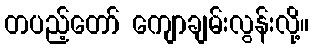
တပည့်တော် ကျောချမ်းလွန်းလို့။